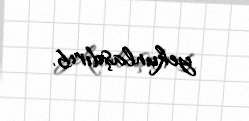
yekunlaşdırıb.